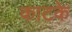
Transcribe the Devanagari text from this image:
काटके